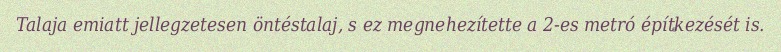
Talaja emiatt jellegzetesen öntéstalaj, s ez megnehezítette a 2-es metró építkezését is.